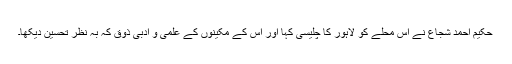
حکیم احمد شجاع نے اس محلے کو لاہور کا چلیسی کہا اور اس کے مکینوں کے علمی و ادبی ذوق کہ بہ نظر تحسین دیکھا۔